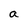
Character: a